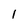
Character: 1